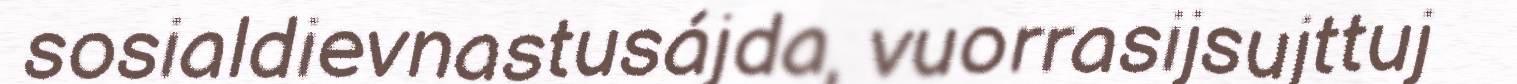
sosialdievnastusájda, vuorrasijsujttuj